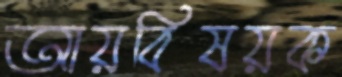
আয়বিষয়ক